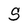
Character: S